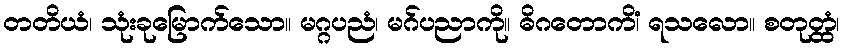
တတိယံ၊ သုံးခုမြောက်သော။ မဂ္ဂပညံ၊ မဂ်ပညာကို။ ဓိဂတောကိံ၊ ရသလော။ စတုတ္ထံ၊